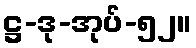
ဋ္ဌ-ဒု-အုပ်-၅၂။